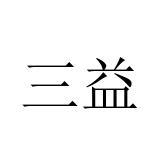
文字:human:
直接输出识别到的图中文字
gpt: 三益